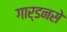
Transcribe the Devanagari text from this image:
गार्डनसे